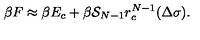
\beta F \approx \beta E _ { c } + \beta { \cal S } _ { N - 1 } r _ { c } ^ { N - 1 } ( \Delta \sigma ) .